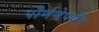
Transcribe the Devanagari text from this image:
पौर्णमेपर्यंत